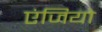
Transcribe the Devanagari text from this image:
एंजियो